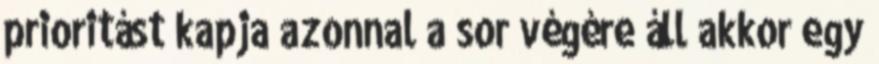
prioritást kapja azonnal a sor végére áll akkor egy